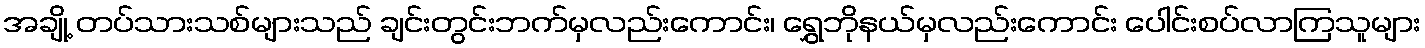
အချို့ တပ်သားသစ်များသည် ချင်းတွင်းဘက်မှလည်းကောင်း၊ ရွှေဘိုနယ်မှလည်းကောင်း ပေါင်းစပ်လာကြသူများ